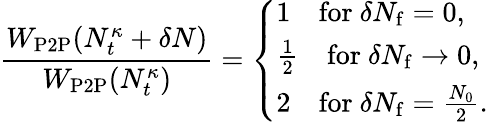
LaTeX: \frac{W_{\mathrm{P2P}}(N_{t}^{\kappa}+\delta N)}{W_{\mathrm{P2P}}(N_{t}^{\kappa})}=\left\{ \begin{array}{ll}{1\quad\mathrm{for~}\delta N_{\mathrm{f}}=0,}\\ {\frac{1}{2}\quad\mathrm{for~}\delta N_{\mathrm{f}}\to 0,}\\ {2\quad\mathrm{for~}\delta N_{\mathrm{f}}=\frac{N_{0}}{2}.}\end{array}\right.